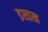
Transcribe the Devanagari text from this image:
इश्तख